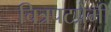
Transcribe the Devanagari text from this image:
चित्रपटप्रेमी